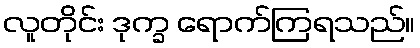
လူတိုင်း ဒုက္ခ ရောက်ကြရသည်။